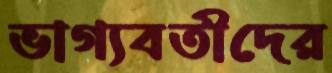
ভাগ্যবতীদের